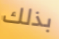
بذلك